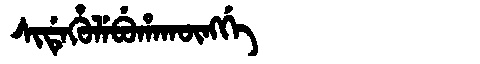
Manchu: ᠰᡳᡩᡝᡥᡠᠯᡝᠪᡠᡥᠠᡴᡡᠩᡤᡝ
Romanization: SIDEHULEBUHAKŪNGGE